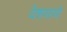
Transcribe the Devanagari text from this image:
वेशयायो